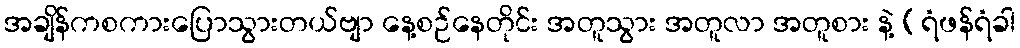
အချိန်ကစကားပြောသွားတယ်ဗျာ နေ့စဉ်နေတိုင်း အတူသွား အတူလာ အတူစား နဲ့ (ရံဖန်ရံခါ